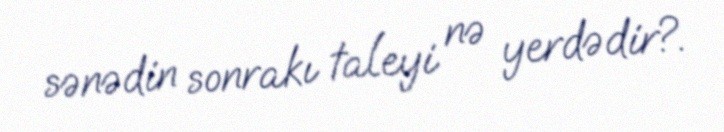
sənədin sonrakı taleyi nə yerdədir?.